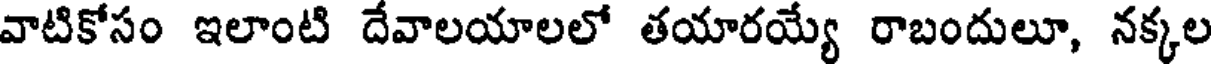
వాటికోసం ఇలాంటి దేవాలయాలలో తయారయ్యే రాబందులూ, నక్కల